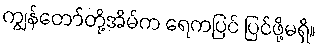
ကျွန်တော်တို့အိမ်က ရေကပြင် ပြင်ဖို့မရှိ။